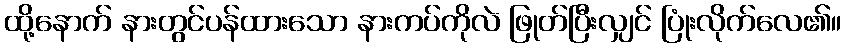
ထို့နောက် နားတွင်ပန်ထားသော နားကပ်ကိုလဲ ဖြုတ်ပြီးလျှင် ပြုံးလိုက်လေ၏။